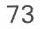
73